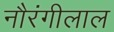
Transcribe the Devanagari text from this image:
नौरंगीलाल